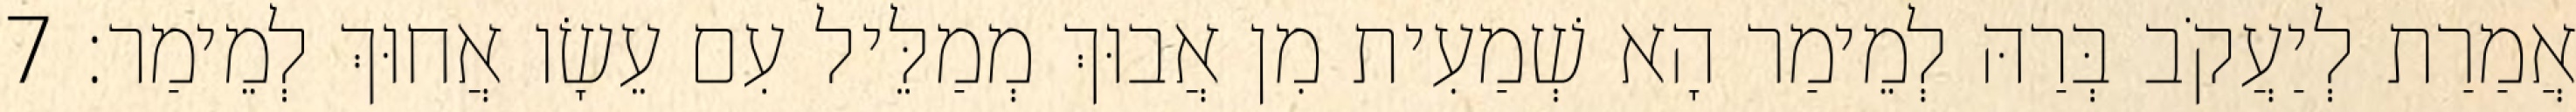
אֲמַרַת לְיַעֲקֹב בְּרַהּ לְמֵימַר הָא שְׁמַעִית מִן אֲבוּךְ מְמַלֵּיל עִם עֵשָׂו אֲחוּךְ לְמֵימַר׃ 7